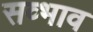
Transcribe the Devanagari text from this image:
सव्भाव